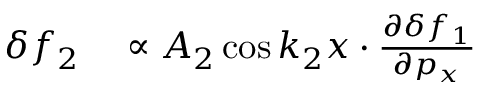
\begin{array} { r l } { \delta f _ { 2 } } & { { } \propto A _ { 2 } \cos k _ { 2 } x \cdot \frac { \partial \delta f _ { 1 } } { \partial p _ { x } } } \end{array}